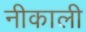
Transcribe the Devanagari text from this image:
नीकाली